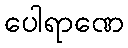
ပေါရာဏေ